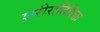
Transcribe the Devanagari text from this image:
शरीरातिरिक्त